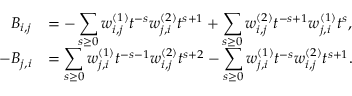
\begin{array} { r l } { B _ { i , j } } & { = - \displaystyle \sum _ { s \geq 0 } w _ { i , j } ^ { ( 1 ) } t ^ { - s } w _ { j , i } ^ { ( 2 ) } t ^ { s + 1 } + \displaystyle \sum _ { s \geq 0 } w _ { i , j } ^ { ( 2 ) } t ^ { - s + 1 } w _ { j , i } ^ { ( 1 ) } t ^ { s } , } \\ { - B _ { j , i } } & { = \displaystyle \sum _ { s \geq 0 } w _ { j , i } ^ { ( 1 ) } t ^ { - s - 1 } w _ { i , j } ^ { ( 2 ) } t ^ { s + 2 } - \displaystyle \sum _ { s \geq 0 } w _ { j , i } ^ { ( 1 ) } t ^ { - s } w _ { i , j } ^ { ( 2 ) } t ^ { s + 1 } . } \end{array}